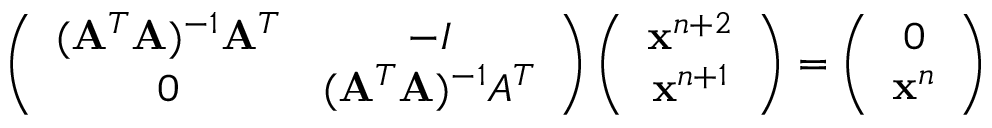
\left( \begin{array} { c c } { ( \mathbf { A } ^ { T } \mathbf { A } ) ^ { - 1 } \mathbf { A } ^ { T } } & { - I } \\ { 0 } & { ( \mathbf { A } ^ { T } \mathbf { A } ) ^ { - 1 } A ^ { T } } \end{array} \right) \left( \begin{array} { c } { \mathbf { x } ^ { n + 2 } } \\ { \mathbf { x } ^ { n + 1 } } \end{array} \right) = \left( \begin{array} { c } { 0 } \\ { \mathbf { x } ^ { n } } \end{array} \right)